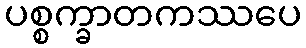
ပစ္စက္ခာတကဿပေ